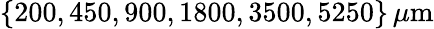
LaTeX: \{ 200,450,900,1800,3500,5250\} \, \mu\mathrm{m}